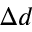
\Delta d